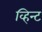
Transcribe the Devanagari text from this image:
व्हिन्ट